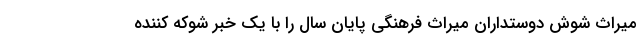
میراث شوش دوستداران میراث فرهنگی پایان سال را با یک خبر شوکه کننده